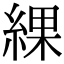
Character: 綶